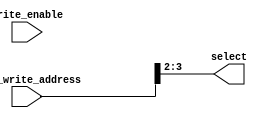
module isr_address_config_decoder(
        input [31:0] intc_write_address,
        // input [31:0] write_data,
        input write_enable,
        output wire [1:0] select
        //output reg error
    );
    
    assign select = intc_write_address[3:2];

            
endmodule